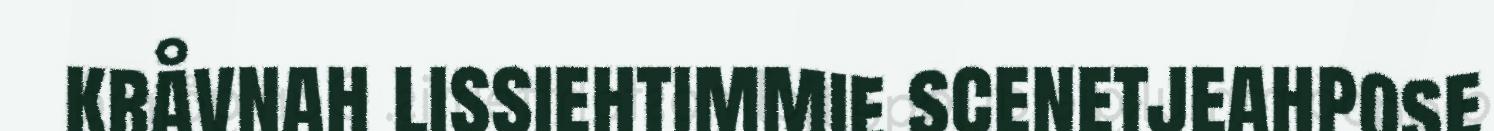
kråvnah lissiehtimmie scenetjeahpose